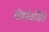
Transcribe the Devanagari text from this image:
वीर्यावर्जितं